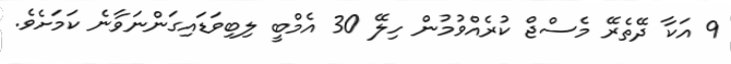
9 އަކާ ދޭތެރޭ މެސްޖް ކުރެއްވުމުން ހިލޭ 30 އެމްބީ ލިބިވަޑައިގަންނަވާނެ ކަމަށެވެ.